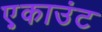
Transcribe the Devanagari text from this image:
ए़काउंट